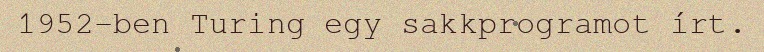
1952-ben Turing egy sakkprogramot írt.